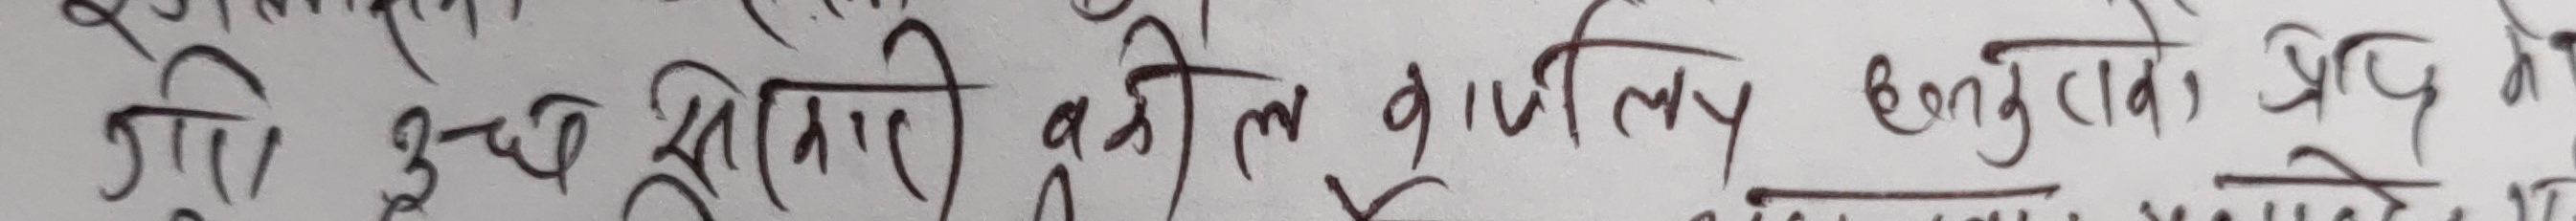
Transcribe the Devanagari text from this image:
गरि उच्च शिकारी वकील वाणिज्य धनुषा प्रसिद हो।